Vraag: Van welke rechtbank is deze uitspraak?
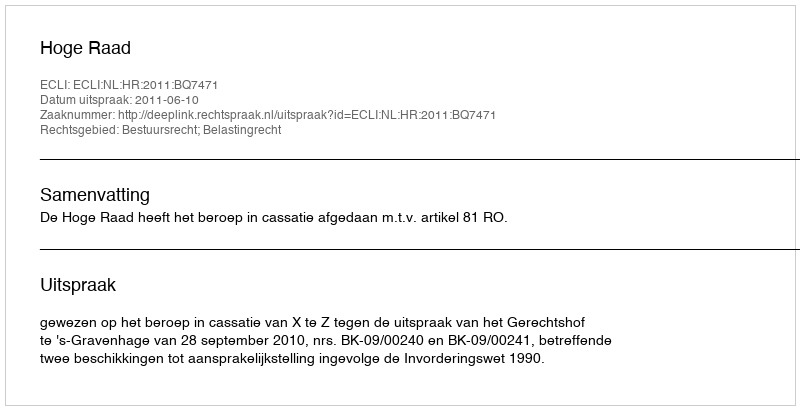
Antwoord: Hoge Raad